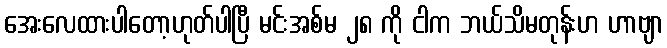
အေးလေထားပါတော့ဟုတ်ပါပြီ မင်းအစ်မ ၂၈ ကို ငါက ဘယ်သိမတုန်းဟ ဟာဗျာ